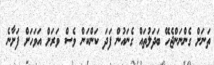
ތަނަށް ގެންނަންޖެހޭ ބަދަލުތައް ގެނައުން ފަދަ ކަންކަން ވެސް ވަރަށް އަވަހަށް ފަށާނެ